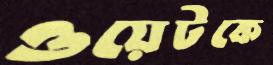
ওয়েটকে